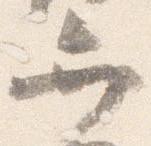
弁